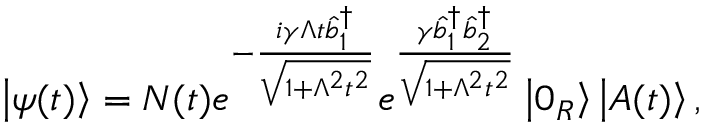
\left\vert \psi ( t ) \right\rangle = N ( t ) e ^ { - \frac { i \gamma \Lambda t \hat { b } _ { 1 } ^ { \dagger } } { \sqrt { 1 + \Lambda ^ { 2 } t ^ { 2 } } } } e ^ { \frac { \gamma \hat { b } _ { 1 } ^ { \dagger } \hat { b } _ { 2 } ^ { \dagger } } { \sqrt { 1 + \Lambda ^ { 2 } t ^ { 2 } } } } \left\vert 0 _ { R } \right\rangle \left\vert A ( t ) \right\rangle ,